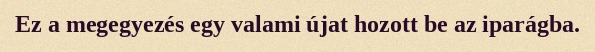
Ez a megegyezés egy valami újat hozott be az iparágba.